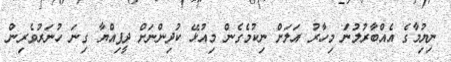
ނިޔިުމާގެ އެއްބާރުލުނަް މިހާރު އަލަށް ނިކުމެގެން މިއުޅޭ ކުދިންނަށް ދީފިއްޔާ ގިނަ ހުނަރުވެރިން